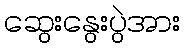
ဆွေးနွေးပွဲအား